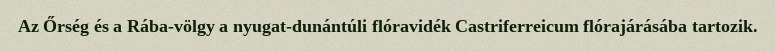
Az Őrség és a Rába-völgy a nyugat-dunántúli flóravidék Castriferreicum flórajárásába tartozik.